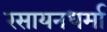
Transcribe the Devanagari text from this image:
रसायनधर्मा